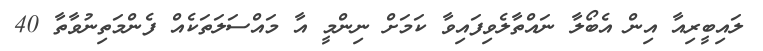
ލައިބީރިއާ އިން އެބޯލާ ނައްތާލެވިފައިވާ ކަމަށް ނިންމީ އާ މައްސަލަތަކެއް ފެންމަތިނުވާތާ 40